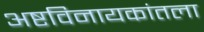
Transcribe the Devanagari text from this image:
अष्टविनायकांतला